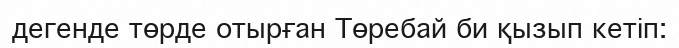
дегенде төрде отырған Төребай би қызып кетіп: